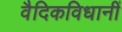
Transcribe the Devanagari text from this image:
वैदिकविधानीं